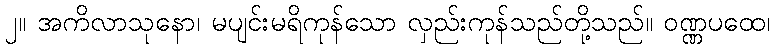
၂။ အကိလာသုနော၊ မပျင်းမရိကုန်သော လှည်းကုန်သည်တို့သည်။ ဝဏ္ဏပထေ၊